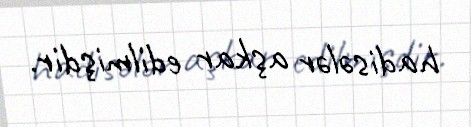
hadisələr aşkar edilmişdir.